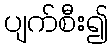
ပျက်စီး၍